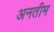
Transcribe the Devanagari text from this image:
अनतीम